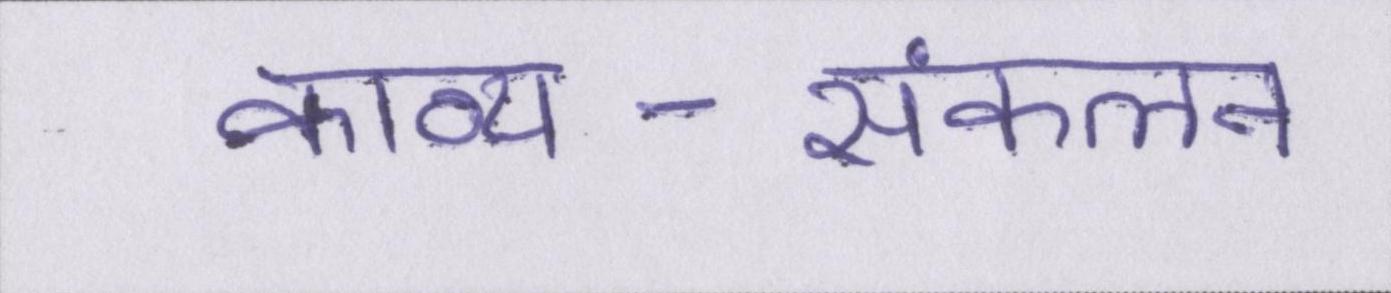
काव्य-संकलन